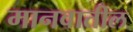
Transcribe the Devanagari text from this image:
मानवातील